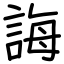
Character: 誨